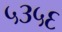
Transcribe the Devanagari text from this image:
५३५६